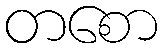
တစော